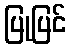
ပြုပြင်